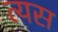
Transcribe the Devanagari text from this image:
त्यस